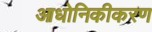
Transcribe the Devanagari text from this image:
आधोनिकीकरण